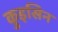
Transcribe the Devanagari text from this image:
कुइसिन